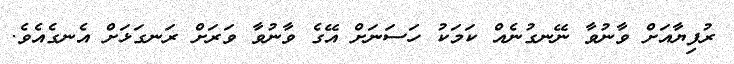
ރުފިޔާއަށް ވާނުވާ ނޭނގުނެއް ކަމަކު ހަސަނަށް އޭގެ ވާނުވާ ވަރަށް ރަނގަޅަށް އެނގެއެވެ.